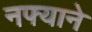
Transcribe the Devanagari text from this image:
नफ्याने